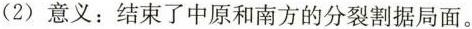
(2)意义：结束了中原和南方的分裂割据局面。